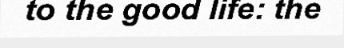
to the good life: the